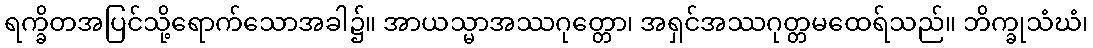
ရက္ခိတအပြင်သို့ရောက်သောအခါ၌။ အာယသ္မာအဿဂုတ္တော၊ အရှင်အဿဂုတ္တမထေရ်သည်။ ဘိက္ခုသံဃံ၊